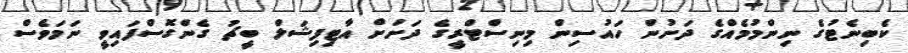
ކެބިނެޓުގެ ނިންމުމެއްގެ ދަށުން ހައުސިން މިނިސްޓްރީގެ ދަށަށް އާޓިފިޝަލް ބީޗު ގެންގޮސްފައިވީ ނަމަވެސް